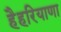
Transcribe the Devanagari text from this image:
हैहरियाणा